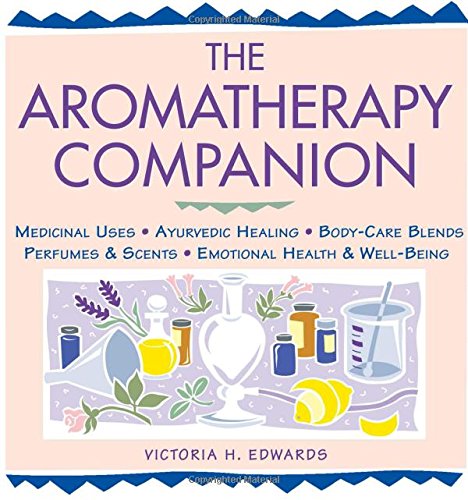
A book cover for The Aromatherapy Companion: Medicinal Uses/Ayurvedic Healing/Body-Care Blends/Perfumes & Scents/Emotional Health & Well-Being (Herbal Body); Victoria H. Edwards; Health, Fitness & Dieting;